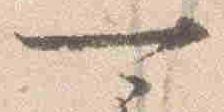
可